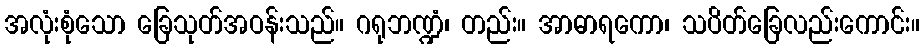
အလုံးစုံသော ခြေသုတ်အဝန်းသည်။ ဂရုဘဏ္ဍံ၊ တည်း။ အာဓာရကော၊ သပိတ်ခြေလည်းကောင်း။